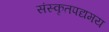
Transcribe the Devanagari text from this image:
संस्कृतपद्यमय